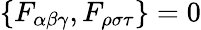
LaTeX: \{ F_{\alpha\beta\gamma},F_{\rho\sigma\tau}\} =0